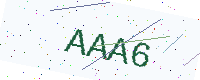
Text: AAA6